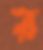
র